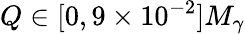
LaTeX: Q\in[0,9\times 10^{-2}]M_{\gamma}